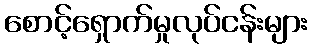
စောင့်ရှောက်မှုလုပ်ငန်းများ